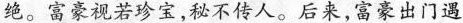
绝。富豪视若珍宝，秘不传人。后来，富豪出门遇